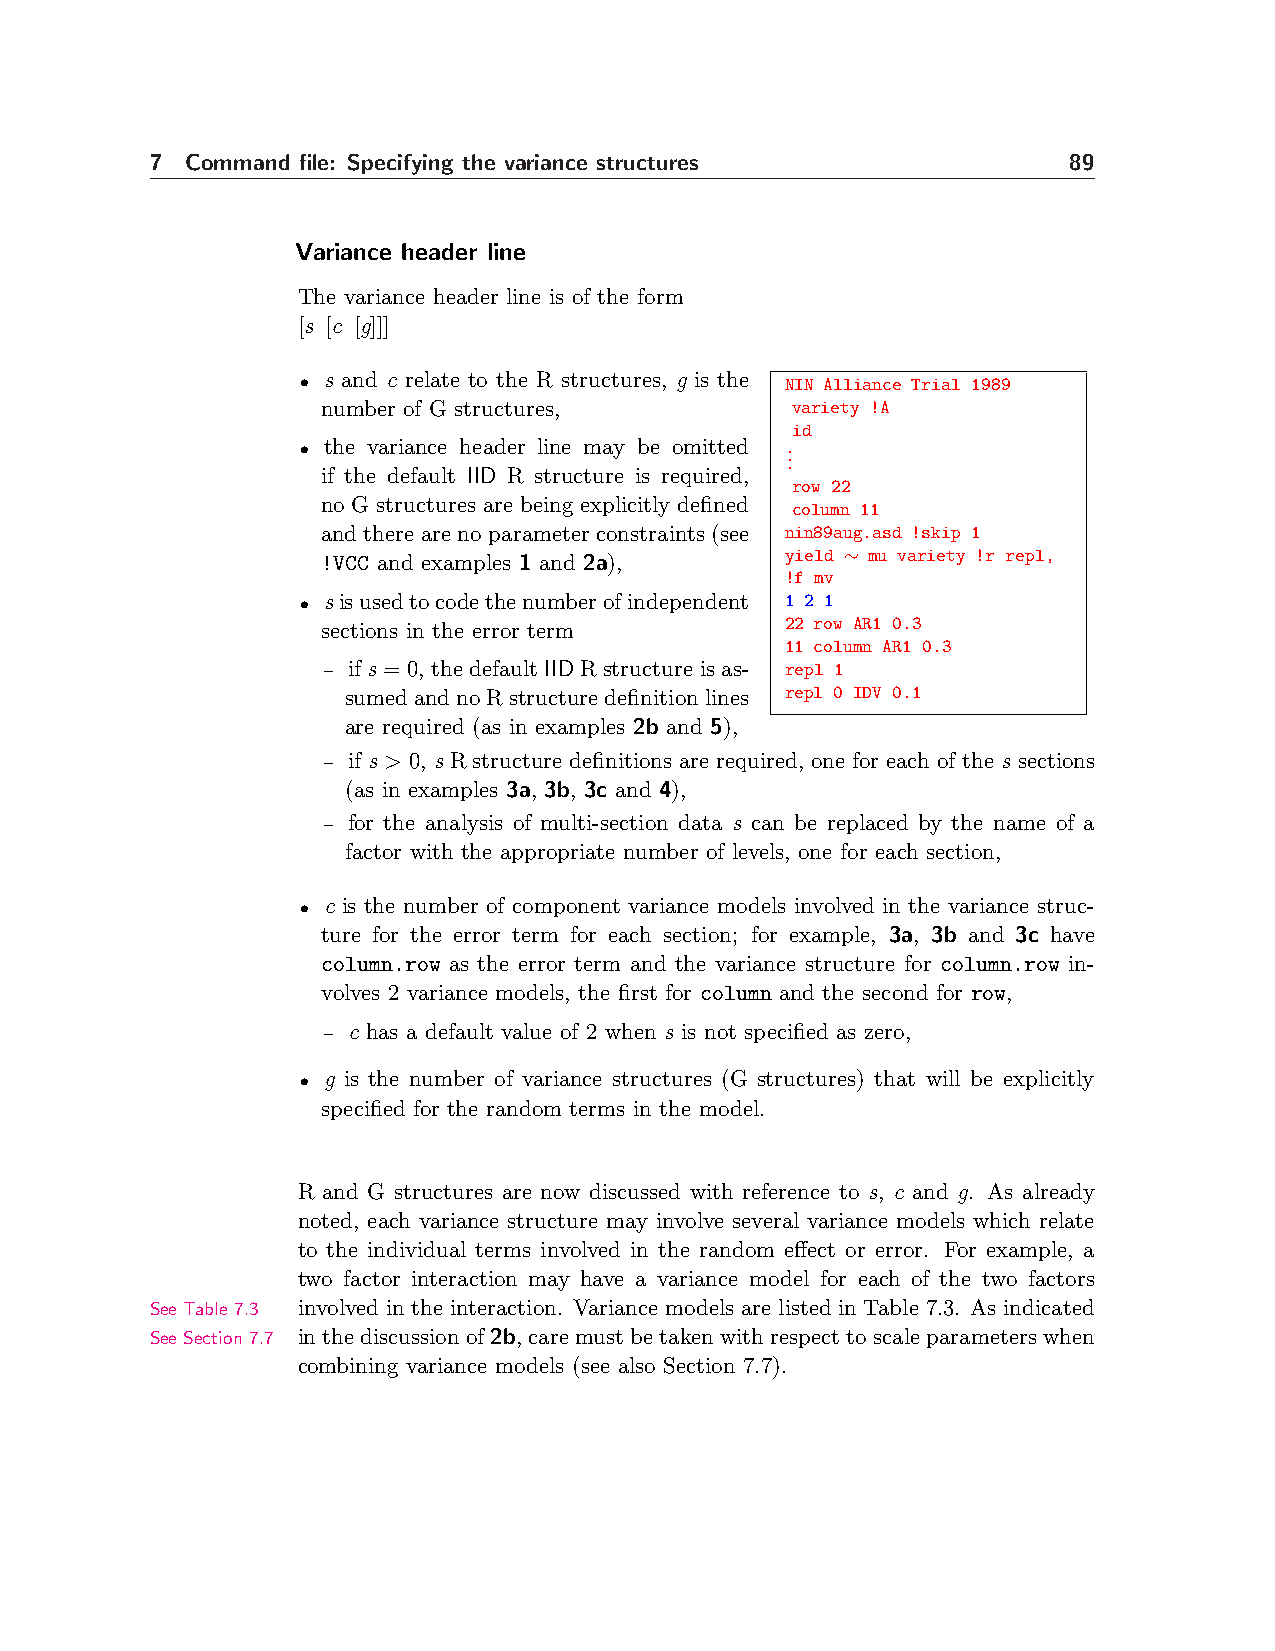
7 Command file: Specifying the variance structures           89
 Variance header line
 The variance header line is of the form
 [s [c [g]]]
 • s and c relate to the R structures, g is the NIN Alliance Trial 1989
 number of G structures,        variety !A
 id
 • the variance header line may be omitted . .
 .
 if the default IID R structure is required,
 row 22
 no G structures are being explicitly defined column 11
 and there are no parameter constraints (see nin89aug.asd !skip 1
 yield ∼ mu variety !r repl,
 !VCC and examples 1 and 2a),
 !f mv
 • sisusedtocodethenumberofindependent 1 2 1
 sections in the error term     22 row AR1 0.3
 11 column AR1 0.3
 – if s = 0, the default IID R structure is as- repl 1
 sumedandnoRstructuredefinitionlines repl 0 IDV 0.1
 are required (as in examples 2b and 5),
 – if s > 0, s R structure definitions are required, one for each of the s sections
 (as in examples 3a, 3b, 3c and 4),
 – for the analysis of multi-section data s can be replaced by the name of a
 factor with the appropriate number of levels, one for each section,
 • c is the number of component variance models involved in the variance struc-
 ture for the error term for each section; for example, 3a, 3b and 3c have
 column.row as the error term and the variance structure for column.row in-
 volves 2 variance models, the first for column and the second for row,
 – c has a default value of 2 when s is not specified as zero,
 • g is the number of variance structures (G structures) that will be explicitly
 specified for the random terms in the model.
 R and G structures are now discussed with reference to s, c and g. As already
 noted, each variance structure may involve several variance models which relate
 to the individual terms involved in the random effect or error. For example, a
 two factor interaction may have a variance model for each of the two factors
 See Table 7.3 involved in the interaction. Variance models are listed in Table 7.3. As indicated
 See Section 7.7 inthe discussion of2b, care mustbe takenwith respect to scale parameters when
 combining variance models (see also Section 7.7).